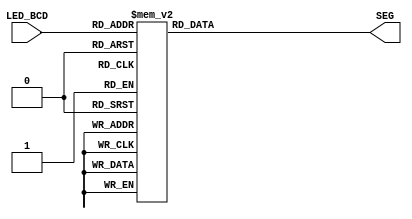
//Binary to BCD
// Developed by: Jeneane Amin
// Adapted from: http://www.fpga4student.com/2017/09/seven-segment-led-display-controller-basys3-fpga.html

// Converts BCD from frequency counter to 7Seg

module BCDtoSevenSeg(
input [3:0] LED_BCD,
output reg [6:0]SEG
);

always@(*)
begin
  case(LED_BCD)
               4'b0000: SEG = 7'b1000000; // "0"
               4'b0001: SEG = 7'b1111001; // "1"
               4'b0010: SEG = 7'b0100100; // "2"
               4'b0011: SEG = 7'b0110000; // "3"
               4'b0100: SEG = 7'b0011001; // "4"
               4'b0101: SEG = 7'b0010010; // "5"
               4'b0110: SEG = 7'b0000010; // "6"
               4'b0111: SEG = 7'b1111000; // "7"
               4'b1000: SEG = 7'b0000000; // "8"
               4'b1001: SEG = 7'b0011000; // "9"
               default: SEG = 7'b1000000; // "0"
  endcase
end
endmodule